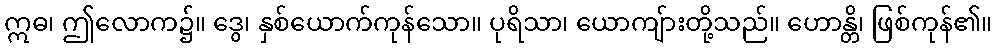
ဣဓ၊ ဤလောက၌။ ဒွေ၊ နှစ်ယောက်ကုန်သော။ ပုရိသာ၊ ယောကျ်ားတို့သည်။ ဟောန္တိ၊ ဖြစ်ကုန်၏။